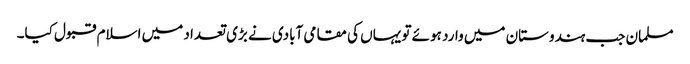
مسلمان جب ہندوستان میں وارد ہوئے تو یہاں کی مقامی آبادی نے بڑی تعداد میں اسلام قبول کیا۔